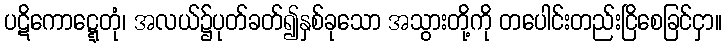
ပဋိကောဋ္ဋေတုံ၊ အလယ်၌ပုတ်ခတ်၍နှစ်ခုသော အသွားတို့ကို တပေါင်းတည်းငြိစေခြင်ငှာ။